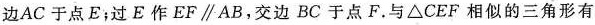
边AC于点E；过E作$$EF\parallel AB$$，交边BC于点F.与\triangle CEF相似的三角形有